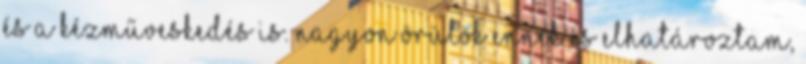
és a kézműveskedés is. Nagyon örülök ennek és elhatároztam,